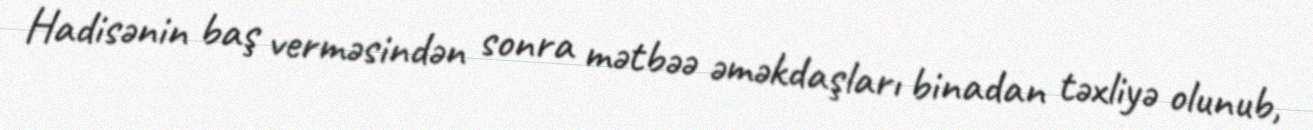
Hadisənin baş verməsindən sonra mətbəə əməkdaşları binadan təxliyə olunub,